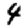
Digit: 4